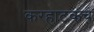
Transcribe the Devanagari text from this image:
करहाटकच